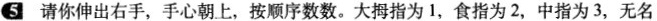
5 请你伸出右手，手心朝上，按顺序数数。大拇指为1，食指为2，中指为3，无名